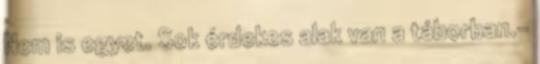
Nem is egyet. Sok érdekes alak van a táborban.-